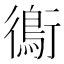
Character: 鵆